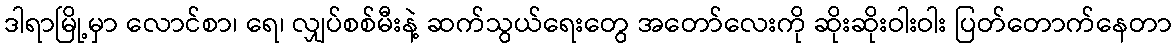
ဒါရာမြို့မှာ လောင်စာ၊ ရေ၊ လျှပ်စစ်မီးနဲ့ ဆက်သွယ်ရေးတွေ အတော်လေးကို ဆိုးဆိုးဝါးဝါး ပြတ်တောက်နေတာ